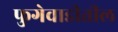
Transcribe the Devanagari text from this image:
फुगेवाडीतील